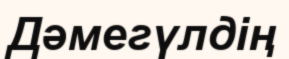
Дәмегүлдің